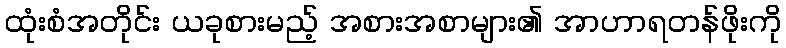
ထုံးစံအတိုင်း ယခုစားမည့် အစားအစာများ၏ အာဟာရတန်ဖိုးကို